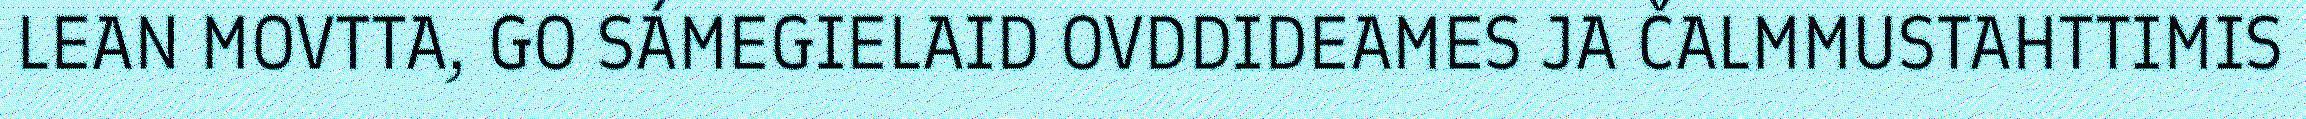
LEAN MOVTTA, GO SÁMEGIELAID OVDDIDEAMES JA ČALMMUSTAHTTIMIS